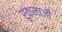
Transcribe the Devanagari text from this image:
रुक्माजी